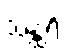
သန္ထရိ